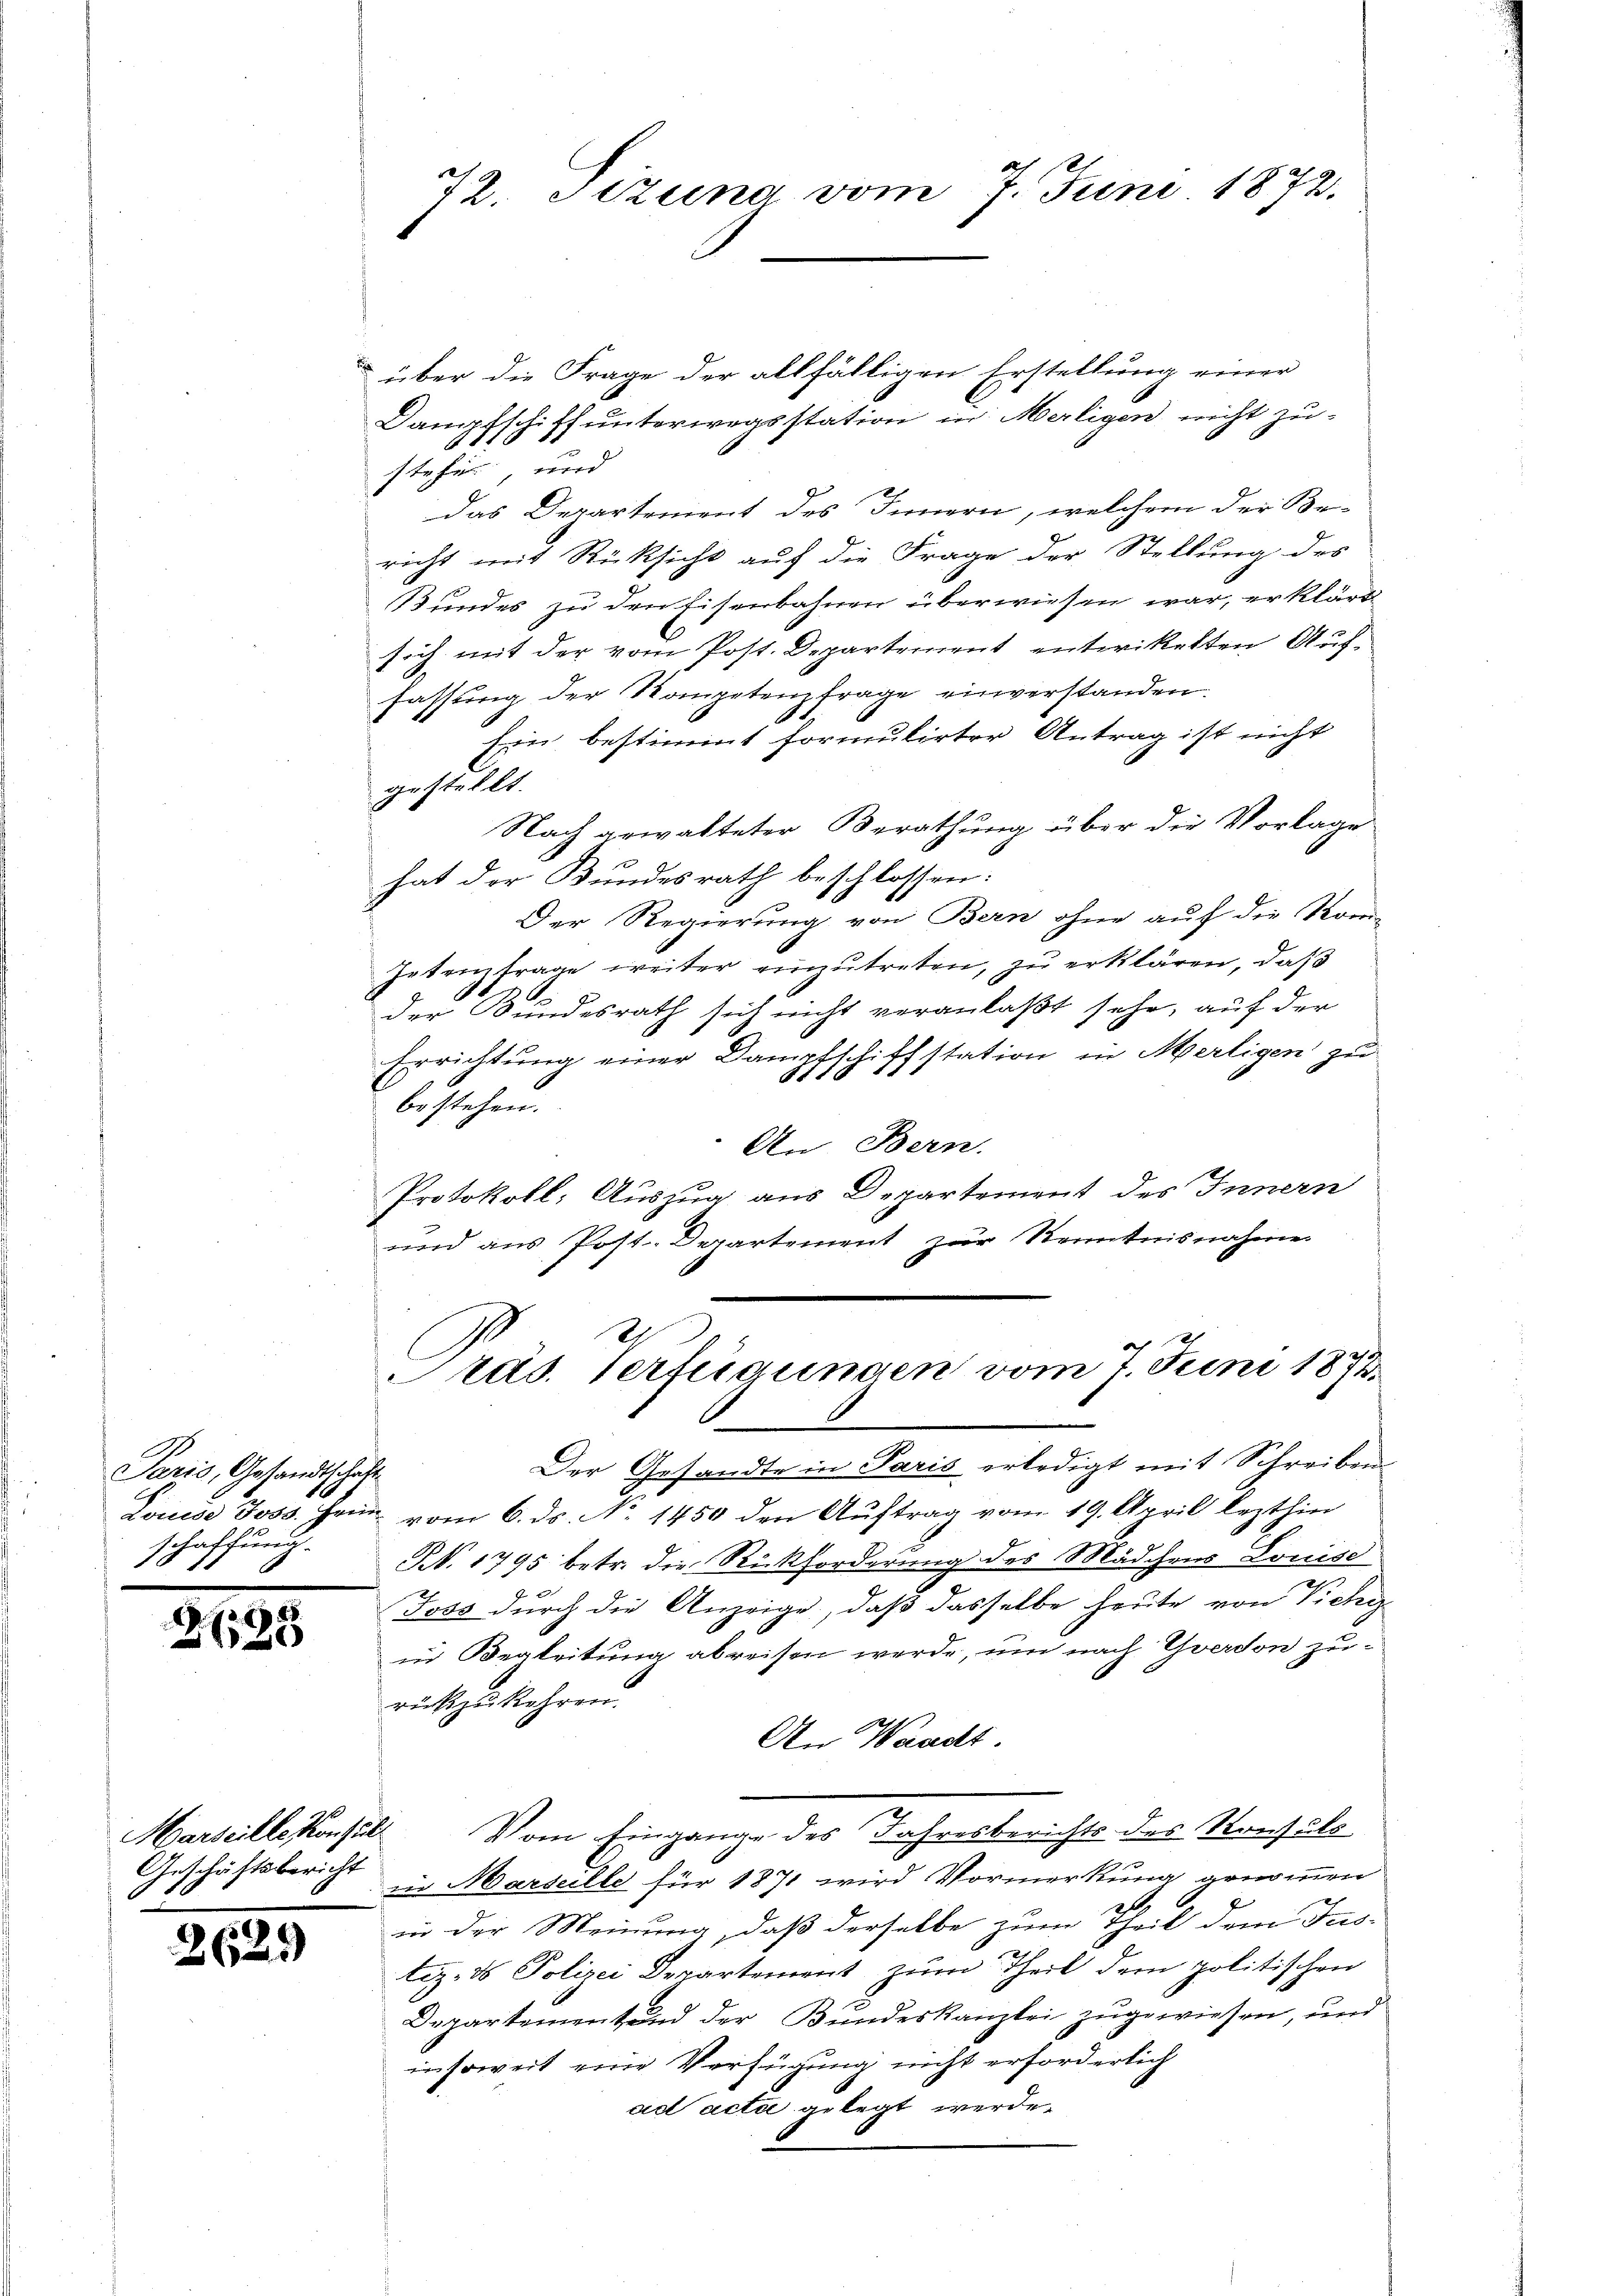
Paris, Gesandtschaft
schaffung.

2125

2625

72. Sizung vom 7. Juni 1872.

über die Frage der allfälligen Erstellung einer
Dampfschiff unterwegsstation in Merligen nicht zu-
steher und
das Departement des Innern, welchem der Be-
richt mit Rücksicht auf die Frage der Stellung des
Bundes zu den Eisenbahnen überwiesen war, erklärt
sich mit der vom Post. Departement entwickelten Auffassung der Kompetenzfrage einverstanden.
Ein bestimmt formulirter Antrag ist nicht
gestellt.
Nach gewalteter Berathung über die Vorlage
hat der Bundesrath beschlossen:
Der Regierung von Bern ohne auf die Kom-
Intenzfrage weiter einzŭtreten, zu erklären, daß
r
der Bundesrath sich nicht veranlaßt sehr, auf der
Errichtung einer Dampfschiffstation in Mertigen zu
bestehen.
An Bern.
Protokoll: Auszug aus Departement des Innern
und aus Post--Departement zur Kenntnisnahme
Präs. Verfügungen vom 7. Juni 1872.
Der Gesandte in Paris erledigt mit Schreiben
Louise Joss. Heim vom 6. ds. No. 1450 den Auftrag vom 19. April lezthin
Nr. 1795 betr. die Rückforderung des Mädchens Louise
Toss durch die Anzeige, daß dasselbe heute von Vichy
in Begleitung abreisen werde, um nach Yverdon zurückzukehren.
An Waadt
Marseillekonsul vom Eingange des Jahresberichts des Konfels
Geschäftsbericht in Marseille für 1871 wird Vormerkung genommen
x
in der Meinung, daß derselbe zum Theil dem Fus-
tiz- & Polizei Departement zum Theil dem politischen
Departement und der Bundeskanzlei zugewiesen, und
insoweit eine Verfügung nicht erforderlich
ad acti gelegt werde.